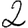
Digit: 2